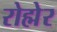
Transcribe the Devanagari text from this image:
रोह्मेर